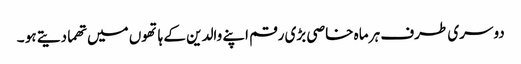
دوسری طرف ہر ماہ خاصی بڑی رقم اپنے والدین کے ہاتھوں میں تھما دیتے ہو ۔